Indian journal of veterinary science and animal husbandry - Volume 9,
Year: 1939
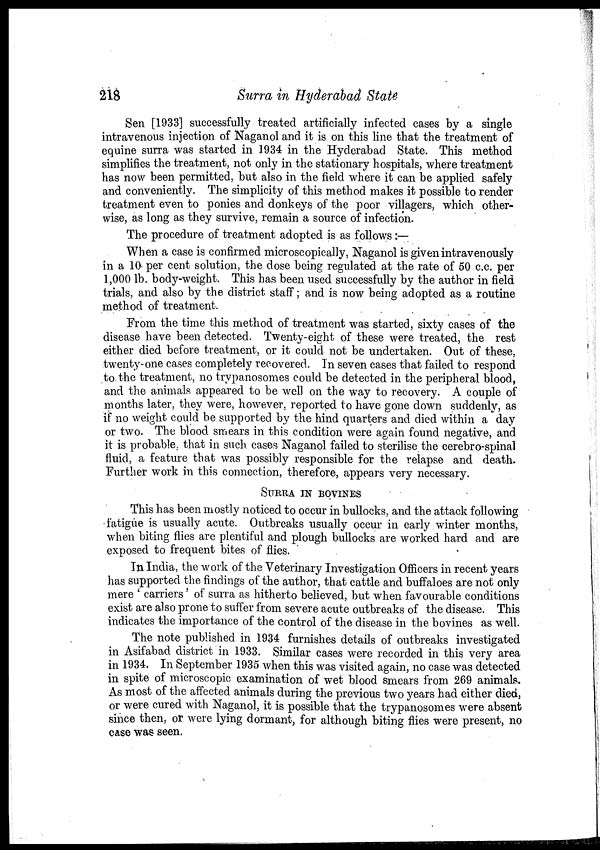
218
Surra in Hyderabad State
Sen [1933] successfully treated artificially infected cases by a single
intravenous injection of Naganol and it is on this line that the treatment of
equine surra was started in 1934 in the Hyderabad State. This method
simplifies the treatment, not only in the stationary hospitals, where treatment
has now been permitted, but also in the field where it can be applied safely
and conveniently. The simplicity of this method makes it possible to render
treatment even to ponies and donkeys of the poor villagers, which other-
wise, as long as they survive, remain a source of infection.
The procedure of treatment adopted is as follows:—
When a case is confirmed microscopically, Naganol is given intravenously
in a 10 per cent solution, the dose being regulated at the rate of 50 c.c. per
1,000 lb. body-weight. This has been used successfully by the author in field
trials, and also by the district staff ; and is now being adopted as a routine
method of treatment.
From the time this method of treatment was started, sixty cases of the
disease have been detected. Twenty-eight of these were treated, the rest
either died before treatment, or it could not be undertaken. Out of these,
twenty-one cases completely recovered. In seven cases that failed to respond
to the treatment, no trypanosomes could be detected in the peripheral blood,
and the animals appeared to be well on the way to recovery. A couple of
months later, they were, however, reported to have gone down suddenly, as
if no weight could be supported by the hind quarters and died within a day
or two. The blood smears in this condition were again found negative, and
it is probable, that in such cases Naganol failed to sterilise the cerebro-spinal
fluid, a feature that was possibly responsible for the relapse and death.
Further work in this connection, therefore, appears very necessary.
SURRA IN BOVINES
This has been mostly noticed to occur in bullocks, and the attack following
fatigue is usually acute. Outbreaks usually occur in early winter months,
when biting flies are plentiful and plough bullocks are worked hard and are
exposed to frequent bites of flies.
In India, the work of the Veterinary Investigation Officers in recent years
has supported the findings of the author, that cattle and buffaloes are not only
mere ' carriers' of surra as hitherto believed, but when favourable conditions
exist are also prone to suffer from severe acute outbreaks of the disease. This
indicates the importance of the control of the disease in the bovines as well.
The note published in 1934 furnishes details of outbreaks investigated
in Asifabad district in 1933. Similar cases were recorded in this very area
in 1934. In September 1935 when this was visited again, no case was detected
in spite of microscopic examination of wet blood smears from 269 animals.
As most of the affected animals during the previous two years had either died,
or were cured with Naganol, it is possible that the trypanosomes were absent
since then, or were lying dormant, for although biting flies were present, no
case was seen.